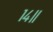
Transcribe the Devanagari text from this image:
१४॥